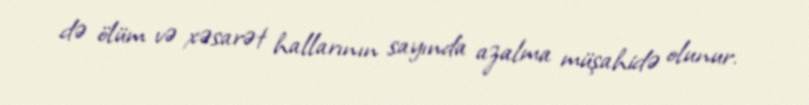
də ölüm və xəsarət hallarının sayında azalma müşahidə olunur.